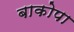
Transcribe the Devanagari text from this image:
बाकोपा